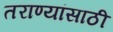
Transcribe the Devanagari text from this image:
तराण्यांसाठी